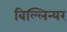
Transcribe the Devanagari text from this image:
बिल्लिन्यर